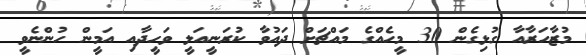
މުޒާހަރާއާ ގުޅިގެން 30 މީހެއްގެ މައްޗަށް ދައުވާ ކުރަނީއަލީ ވަހީދާއި އަމީން ހުންނެވީ